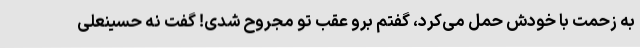
به زحمت با خودش حمل می‌کرد، گفتم برو عقب تو مجروح شدی! گفت نه حسینعلی